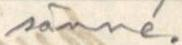
sänne.